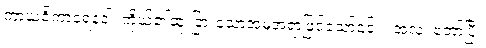
ကာယဝိကာရေနဝါ၊ ကိုယ်၏ထူးခြားသောအမူအရာဖြင့်သော်၎င်း။ အလံ၊ တော်ပြီ။